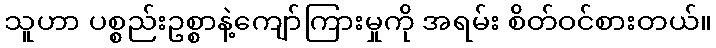
သူဟာ ပစ္စည်းဥစ္စာနဲ့ကျော်ကြားမှုကို အရမ်း စိတ်ဝင်စားတယ်။